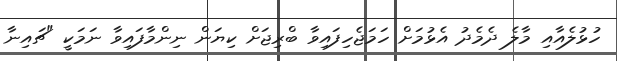
ހުޅުލެއާއި މާލެ ދެމެދު އެޅުމަށް ހަމަޖެހިފައިވާ ބްރިޖަށް ކިޔަން ނިންމާފައިވާ ނަމަކީ "ޗައިނާ